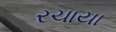
રચાયા